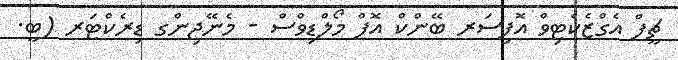
ޗީފް އެގްޒެކެޓިވް އޮފިސަރ ބޭންކް އޮފް މޯލްޑިވްސް - މެނޭޖިންގ ޑިރެކްޓަރ (ބީ.